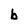
Character: b